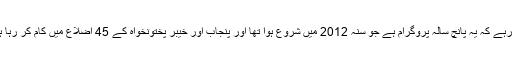
یاد رہے کہ یہ پانچ سالہ پروگرام ہے جو سنہ 2012 میں شروع ہوا تھا اور پنجاب اور خیبر پختونخواہ کے 45 اضلاع میں کام کر رہا ہے۔